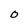
Character: O